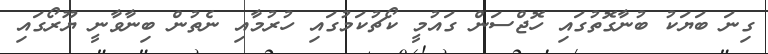
ގިނަ ބަޔަކު ބުނާގޮތުގައި ހޮޖްސަން ގައުމީ ކޯޗުކަމުގައި ހުރުމާއި ނެތުން ބިނާވާނީ ޔޫރޯގައި